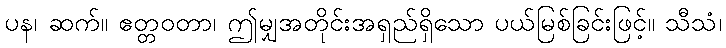
ပန၊ ဆက်။ ဧတ္တဝတာ၊ ဤမျှအတိုင်းအရှည်ရှိသော ပယ်မြစ်ခြင်းဖြင့်။ သီသံ၊